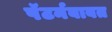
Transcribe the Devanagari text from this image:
पॅटर्नबाबत